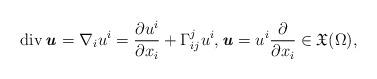
LaTeX: \begin{align*} \operatorname{div} \textbf{\textit{u}} = \nabla_i u^i = \frac{\partial u^i}{\partial x_i} + \Gamma^j_{ij} u^i,\textbf{\textit{u}}=u^i \frac{\partial}{\partial x_i}\in \mathfrak{X} (\Omega),\end{align*}